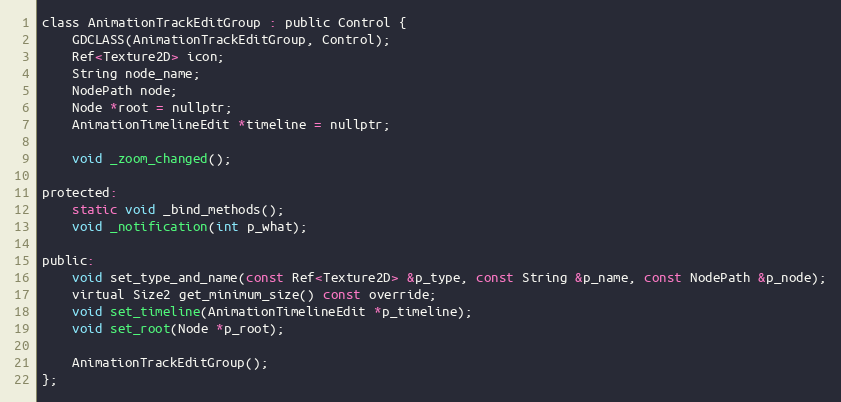
Language: C
class AnimationTrackEditGroup : public Control {
	GDCLASS(AnimationTrackEditGroup, Control);
	Ref<Texture2D> icon;
	String node_name;
	NodePath node;
	Node *root = nullptr;
	AnimationTimelineEdit *timeline = nullptr;

	void _zoom_changed();

protected:
	static void _bind_methods();
	void _notification(int p_what);

public:
	void set_type_and_name(const Ref<Texture2D> &p_type, const String &p_name, const NodePath &p_node);
	virtual Size2 get_minimum_size() const override;
	void set_timeline(AnimationTimelineEdit *p_timeline);
	void set_root(Node *p_root);

	AnimationTrackEditGroup();
};